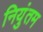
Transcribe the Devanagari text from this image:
नियुंतम